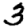
Digit: 3